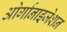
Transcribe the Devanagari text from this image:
ओर्गानाइजेशन